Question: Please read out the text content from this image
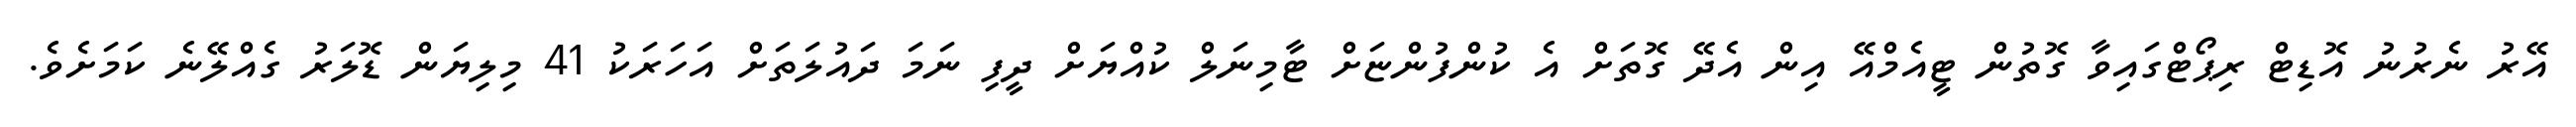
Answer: އޭރު ނެރުނު އޮޑިޓް ރިޕޯޓްގައިވާ ގޮތުން ޓީއެމްއޭ އިން އެދޭ ގޮތަށް އެ ކުންފުންޏަށް ޓާމިނަލް ކުއްޔަށް ދީފި ނަމަ ދައުލަތަށް އަހަރަކު 41 މިލިޔަން ޑޮލަރު ގެއްލޭނެ ކަމަށެވެ.